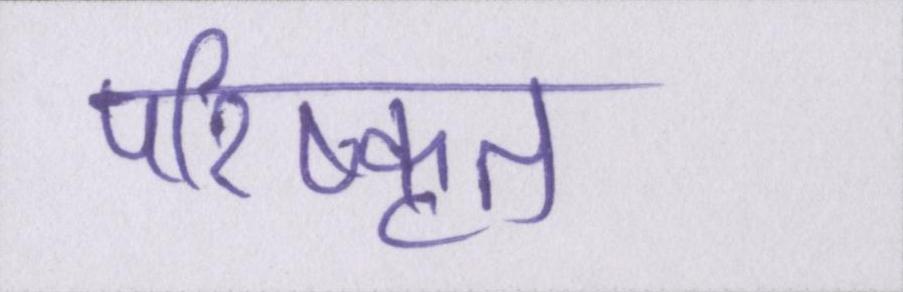
परिष्कृत